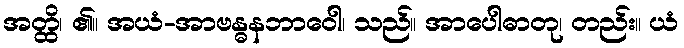
အတ္ထိ၊ ၏။ အယံ-အာဗန္ဓနဘာဝေါ၊ သည်။ အာပေါဓာတု၊ တည်း။ ယံ